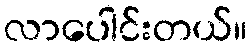
လာပေါင်းတယ်။